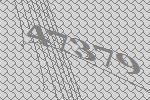
47379